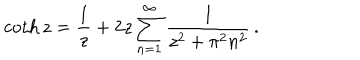
\coth z = \frac { 1 } { z } + 2 z \sum _ { n = 1 } ^ { \infty } \frac { 1 } { z ^ { 2 } + \pi ^ { 2 } n ^ { 2 } } \, { . }